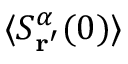
\langle S _ { \mathbf { r ^ { \prime } } } ^ { \alpha } ( 0 ) \rangle